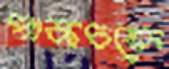
পাকচক্রে